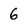
Character: 6